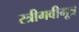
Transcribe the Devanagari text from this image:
स्त्रीगवीमूत्र